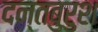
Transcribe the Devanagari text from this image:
दन्तबुरुश